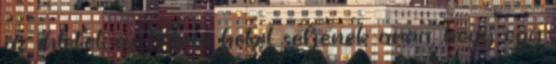
az ihletet az Ária hotel séfjének arra, hogy egy